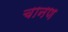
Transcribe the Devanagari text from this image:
चानण